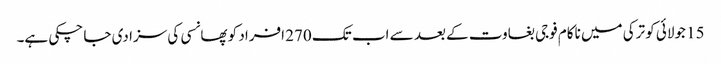
15 جولائی کو ترکی میں ناکام فوجی بغاوت کے بعد سے اب تک 270 افراد کو پھانسی کی سزا دی جا چکی ہے۔